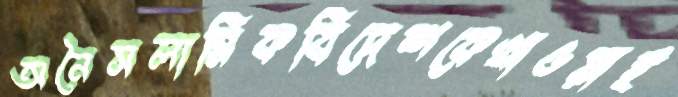
অনৈসলামিকবিদেশকেখাওয়াই